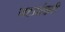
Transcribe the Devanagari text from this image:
जटाशंकरी